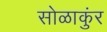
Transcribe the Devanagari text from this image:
सोळाकुंर